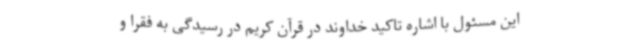
این مسئول با اشاره تاکید خداوند در قرآن کریم در رسیدگی به فقرا و